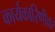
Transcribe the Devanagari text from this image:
कार्यकारिणीवर